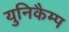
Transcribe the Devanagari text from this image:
युनिकैम्प